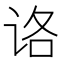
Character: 𰵤